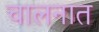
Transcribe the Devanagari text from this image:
चालनात